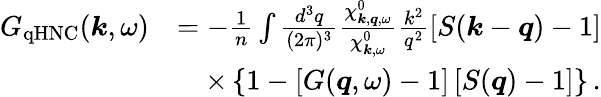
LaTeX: \begin{array}{rl}{G_{\mathrm{qHNC}}(\boldsymbol{k},\omega)}&{=-\frac{1}{n}\int\frac{d^{3}q}{(2\pi)^{3}}\frac{\chi_{\boldsymbol{k},\boldsymbol{q},\omega}^{0}}{\chi_{\boldsymbol{k},\omega}^{0}}\frac{k^{2}}{q^{2}}\left[S(\boldsymbol{k}-\boldsymbol{q})-1\right]}\\ &{\quad\times\left\{ 1-\left[{G}(\boldsymbol{q},\omega)-1\right]\left[S(\boldsymbol{q})-1\right]\right\} \, .}\end{array}